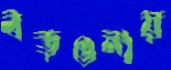
বড়গুনায়